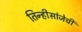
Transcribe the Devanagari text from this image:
तिन्हीसांजेची